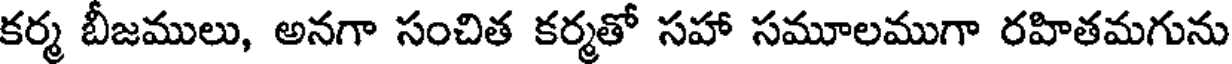
కర్మ బీజములు, అనగా సంచిత కర్మతో సహా సమూలముగా రహితమగును